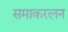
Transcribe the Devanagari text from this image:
समाकरलन